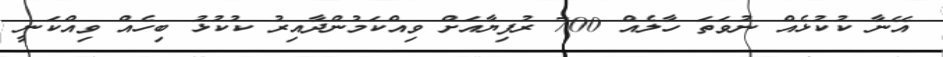
އޭނާ ކުކުޅެއް ނުވަތަ ހާލެއް 700 ރުފިޔާއަށް ވިއްކަމުންދާއިރު ކުކުޅު ބިހެއް ވިއްކަނީ